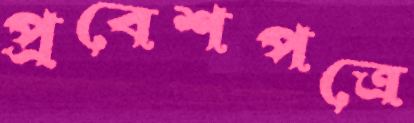
প্রবেশপত্রে